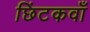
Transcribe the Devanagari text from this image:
छिंटकवाँ